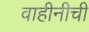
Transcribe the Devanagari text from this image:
वाहीनीची